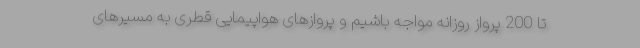
تا 200 پرواز روزانه مواجه باشیم و پروازهای هواپیمایی قطری به مسیرهای